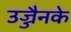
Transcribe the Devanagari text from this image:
उज्जैनके